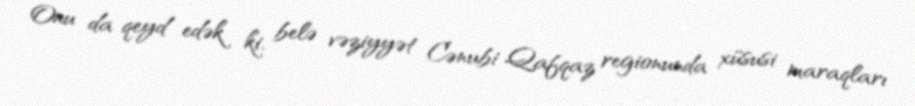
Onu da qeyd edək ki, belə vəziyyət Cənubi Qafqaz regionunda xüsusi maraqları